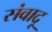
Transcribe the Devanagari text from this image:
संवादू